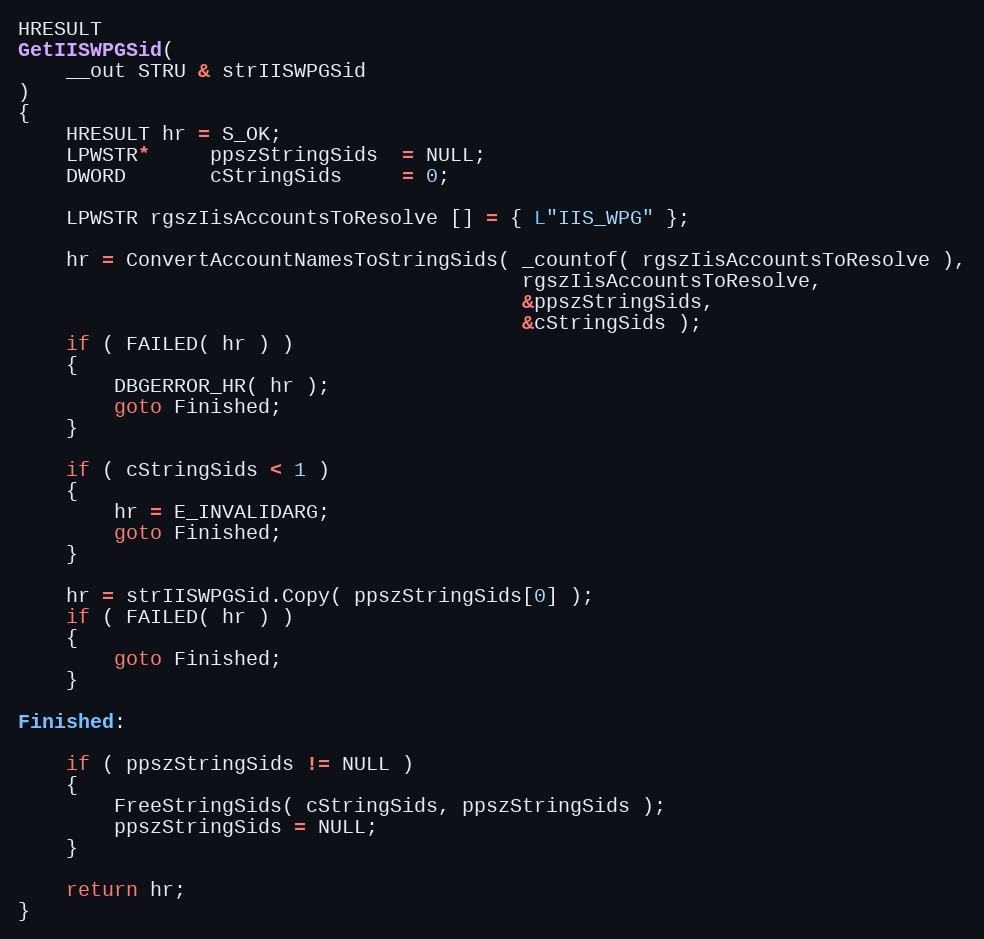
Language: C++
HRESULT
GetIISWPGSid(
    __out STRU & strIISWPGSid
)
{
    HRESULT hr = S_OK;
    LPWSTR*     ppszStringSids  = NULL;
    DWORD       cStringSids     = 0;

    LPWSTR rgszIisAccountsToResolve [] = { L"IIS_WPG" };

    hr = ConvertAccountNamesToStringSids( _countof( rgszIisAccountsToResolve ),
                                          rgszIisAccountsToResolve,
                                          &ppszStringSids,
                                          &cStringSids );
    if ( FAILED( hr ) )
    {
        DBGERROR_HR( hr );
        goto Finished;
    }

    if ( cStringSids < 1 )
    {
        hr = E_INVALIDARG;
        goto Finished;
    }

    hr = strIISWPGSid.Copy( ppszStringSids[0] );
    if ( FAILED( hr ) )
    {
        goto Finished;
    }

Finished:

    if ( ppszStringSids != NULL )
    {
        FreeStringSids( cStringSids, ppszStringSids );
        ppszStringSids = NULL;
    }

    return hr;
}